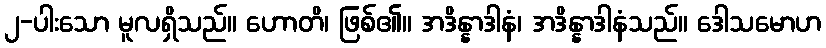
၂-ပါးသော မူလရှိသည်။ ဟောတိ၊ ဖြစ်၏။ အဒိန္နာဒါနံ၊ အဒိန္နာဒါနံသည်။ ဒေါသမောဟ